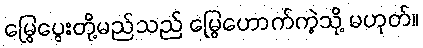
မြွေပွေးတို့မည်သည် မြွေဟောက်ကဲ့သို့ မဟုတ်။